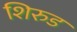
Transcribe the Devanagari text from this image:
शिरुड